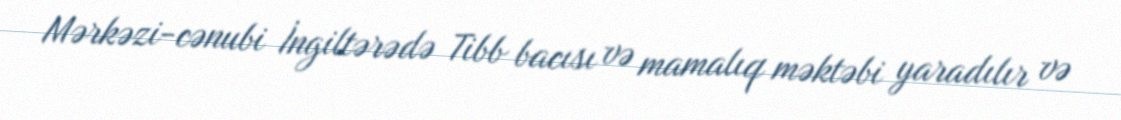
Mərkəzi-cənubi İngiltərədə Tibb bacısı və mamalıq məktəbi yaradılır və